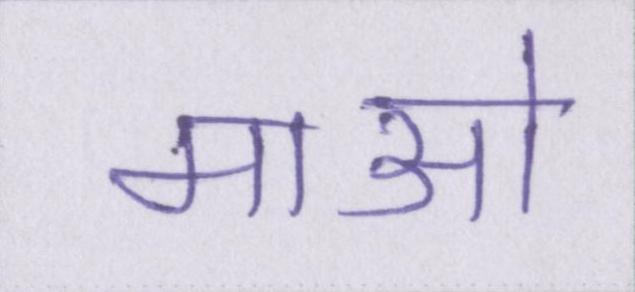
माओ